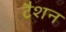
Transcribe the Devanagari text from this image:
टैशन